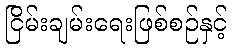
ငြိမ်းချမ်းရေးဖြစ်စဉ်နှင့်